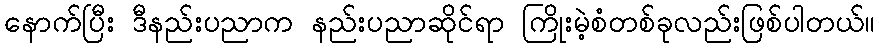
နောက်ပြီး ဒီနည်းပညာက နည်းပညာဆိုင်ရာ ကြိုးမဲ့စံတစ်ခုလည်းဖြစ်ပါတယ်။